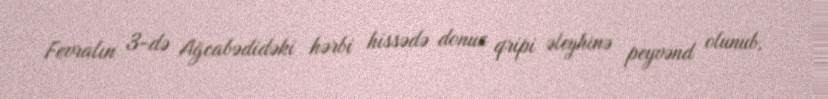
Fevralın 3-də Ağcabədidəki hərbi hissədə donuz qripi əleyhinə peyvənd olunub,